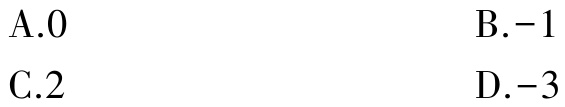
A.0
B.-1
C.2
D.-3